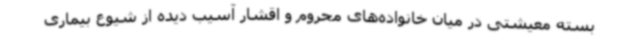
بسته معیشتی در میان خانواده‌های محروم و اقشار آسیب دیده از شیوع بیماری